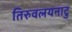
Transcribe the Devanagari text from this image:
तिरुवलयनाटु